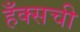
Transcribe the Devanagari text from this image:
हँक्सची